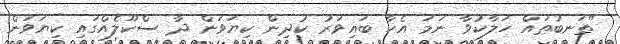
"ތަނބުތައް ހަލާކުވާ ނަމަ އެހާ ބައިވަރު ކުދިން ކިޔަވަން ދާ ސްކޫލެއްގައި ކިޔަވަން